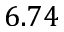
6 . 7 4